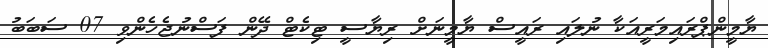
ޔާމީންޕްރައިމަރީއަކާ ނުލައި ރައީސް ޔާމީނަށް ރިޔާސީ ޓިކެޓް ދޭން ފަސްނުޖެހެންވި 07 ސަބަބު